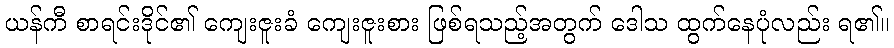
ယန်ကီ စာရင်းဒိုင်၏ ကျေးဇူးခံ ကျေးဇူးစား ဖြစ်ရသည့်အတွက် ဒေါသ ထွက်နေပုံလည်း ရ၏။